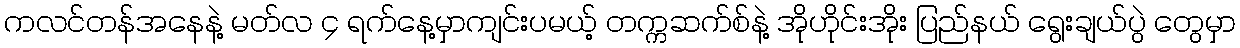
ကလင်တန်အနေနဲ့ မတ်လ ၄ ရက်နေ့မှာကျင်းပမယ့် တက္ကဆက်စ်နဲ့ အိုဟိုင်းအိုး ပြည်နယ် ရွေးချယ်ပွဲ တွေမှာ